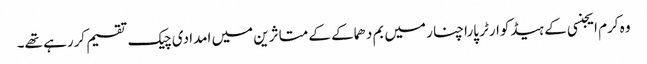
وہ کرم ایجنسی کے ہیڈکوارٹر پاراچنار میں بم دھماکے کے متاثرین میں امدادی چیک تقسیم کررہے تھے۔